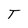
Character: T